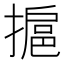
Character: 㨭